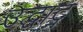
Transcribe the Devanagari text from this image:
उद्घाट्न